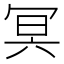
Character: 冥